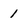
Character: 1